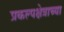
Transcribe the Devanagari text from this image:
प्रकल्पक्षेत्राच्या